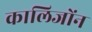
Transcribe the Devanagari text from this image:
कालिजोंन